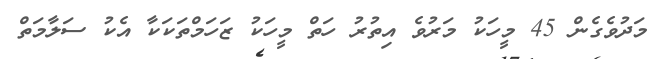
މަދުވެގެން 45 މީހަކު މަރުވެ އިތުރު ހަތް މީހަކު ޒަހަމްތަކަކާ އެކު ސަލާމަތް